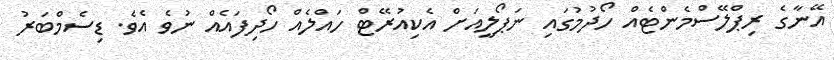
އޭނާގެ ރިޕްލޭސްމެންޓެއް ހޯދުމުގައި ނަޕޯލީއަށް އެކިއުރޭޓް ހައްލެއް ހޯދިފައެއް ނުވެ އެވެ. ޑިސެމްބަރު